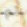
ثم